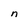
Character: n